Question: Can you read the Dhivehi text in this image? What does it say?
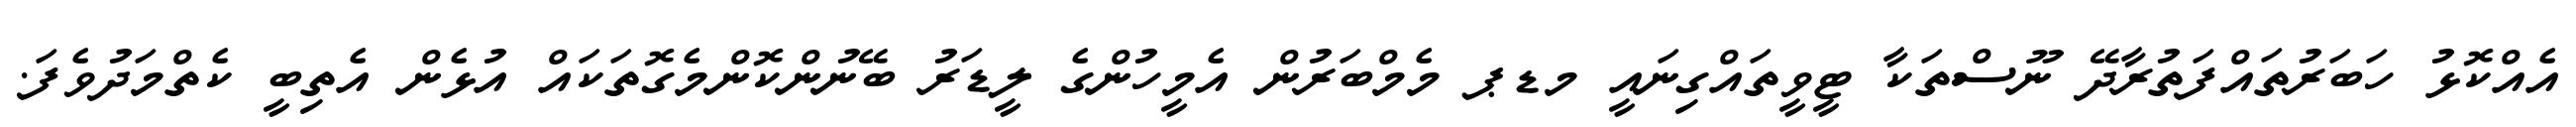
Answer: އެއްކޮޅު ހަބަރުތައްފަތުރާދޭ ނޫސްތަކާ ޓީވީތައްގިނައީ މޑޕ މެމްބަރުން އެމީހުންގެ ލީޑަރު ބޭނުންކޮންމެގޮތަކައް އުޅެން އެތިބީ ކެތްމަދުވެފަ.